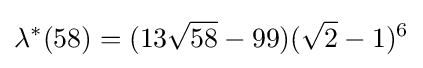
\lambda ^{*}(58)=(13{\sqrt {58}}-99)({\sqrt {2}}-1)^{6}